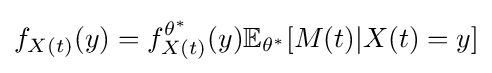
f_{X(t)}(y)=f_{X(t)}^{\theta ^{*}}(y)\mathbb {E} _{\theta ^{*}}[M(t)|X(t)=y]